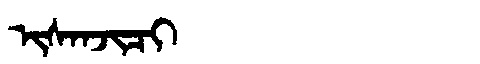
Manchu: ᡳᠰᠠᠨᠵᡳᠴᡳ
Romanization: ISANJICI